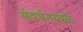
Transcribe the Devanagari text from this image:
संवर्धनस्थळे